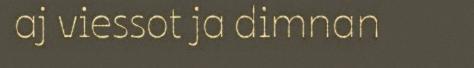
aj viessot ja dimnan